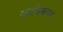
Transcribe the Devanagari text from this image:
वर्णाश्रमाचा